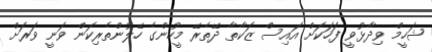
ޝަހީމް ވިދާޅުވީ ފަހަކަށް އައިސް ޒަކާތާ ދޭތެރޭ މީހުންގެ ހޭލުންތެރިކަން ވަނީ ވަރަށް